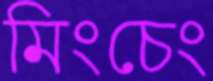
মিংচেং